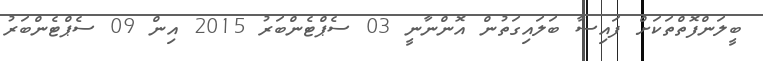
ބީލަންފޮތްތަކަށް ފައިސާ ބަލައިގަތުން އޮންނާނީ 03 ސެޕްޓެންބަރު 2015 އިން 09 ސެޕްޓެންބަރު